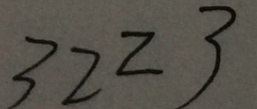
3 2 Z 3